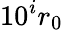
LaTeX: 10^{i}r_{0}